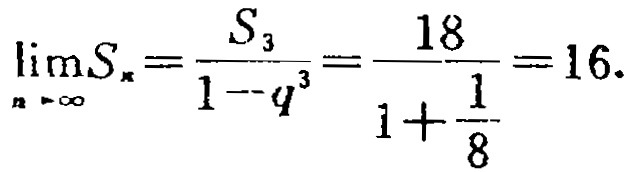
\(\lim_{n \to \infty}S_{n}=\frac{S_{3}}{1 - q^{3}}=\frac{18}{1+\frac{1}{8}} = 16.\)